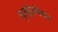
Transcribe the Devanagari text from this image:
मृत्युंजयेश्वर